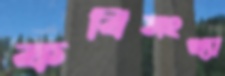
কবিসংখ্যা